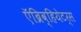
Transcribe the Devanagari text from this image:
ऍब्रिव्हियेटर्स